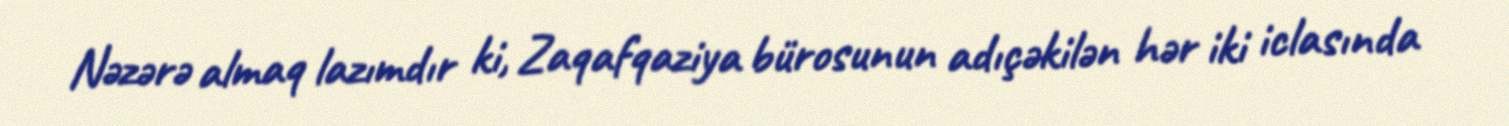
Nəzərə almaq lazımdır ki, Zaqafqaziya bürosunun adıçəkilən hər iki iclasında